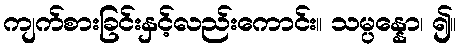
ကျက်စားခြင်းနှင့်လည်းကောင်း။ သမ္ပန္နော၊ ၍။